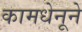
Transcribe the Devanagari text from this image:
कामधेनूने